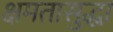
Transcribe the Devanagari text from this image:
क्षमतासुद्धा